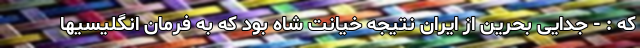
که : - جدایی بحرین از ایران نتیجه خیانت شاه بود که به فرمان انگلیسیها